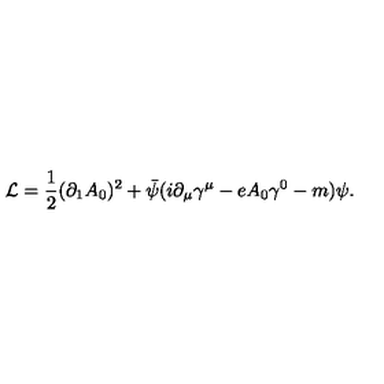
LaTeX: \mathcal { L } = \frac { 1 } { 2 } ( \partial _ { 1 } A _ { 0 } ) ^ { 2 } + \bar { \psi } ( i \partial _ { \mu } \gamma ^ { \mu } - e A _ { 0 } \gamma ^ { 0 } - m ) \psi .